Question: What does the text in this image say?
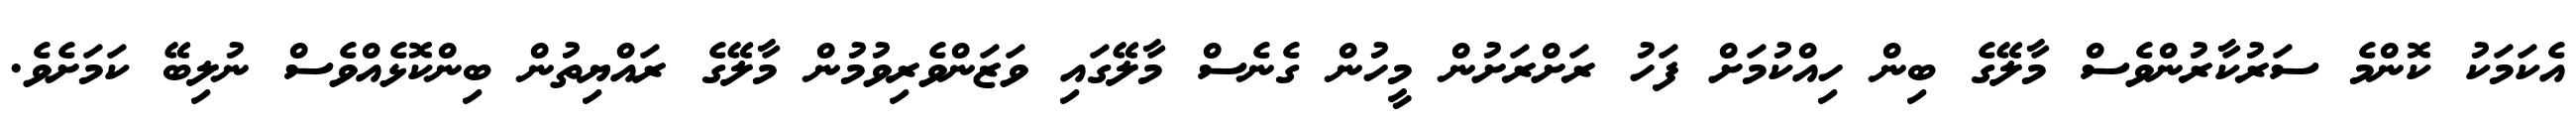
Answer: އެކަމަކު ކޮންމެ ސަރުކާރުންވެސް މާލޭގެ ބިން ހިއްކުމަށް ފަހު ރަށްރަށުން މީހުން ގެނެސް މާލޭގައި ވަޒަންވެރިވުމުން މާލޭގެ ރައްޔިތުން ބިންކޮޅެއްވެސް ނުލިބޭ ކަމަށެވެ.